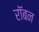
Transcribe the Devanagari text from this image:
रॉबन